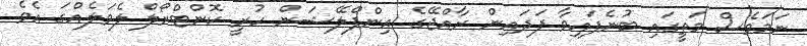
ނަމަވެސް މަތީގައި ބުނެފައިވާ ފަދައިން ރާއްޖޭގެ އިންފްލޭޝަން ހުރީ ކޮންޓްރޯލް ލެވަލެއްގަ އެވެ.